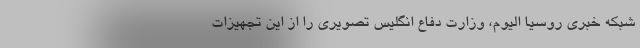
شبکه خبری روسیا الیوم، وزارت دفاع انگلیس تصویری را از این تجهیزات